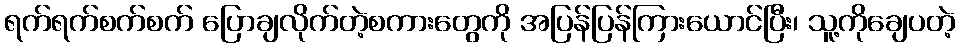
ရက်ရက်စက်စက် ပြောချလိုက်တဲ့စကားတွေကို အပြန်ပြန်ကြားယောင်ပြီး၊ သူ့ကိုချေပတဲ့